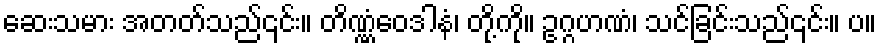
ဆေးသမား အတတ်သည်၎င်း။ တိဏ္ဏံဝေဒါနံ၊ တို့ကို။ ဥဂ္ဂဟဏံ၊ သင်ခြင်းသည်၎င်း။ ပ။